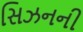
સિઝનની